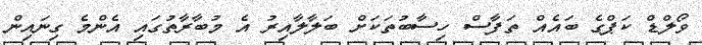
ވޯލްޑް ކަޕްގެ ބައެއް ތަފާސް ހިސާބުތަކަށް ބަލާލާއިރު އެ މުބާރާތުގައި އެންމެ ގިނައިން